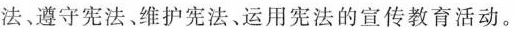
法﹑遵守宪法维护宪法、运用宪法的宣传教育活动。